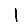
Digit: 1